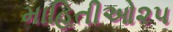
માહિતીઓ૨૫